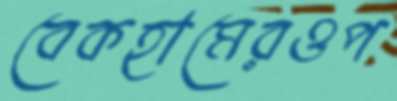
বেকহামেরওপ